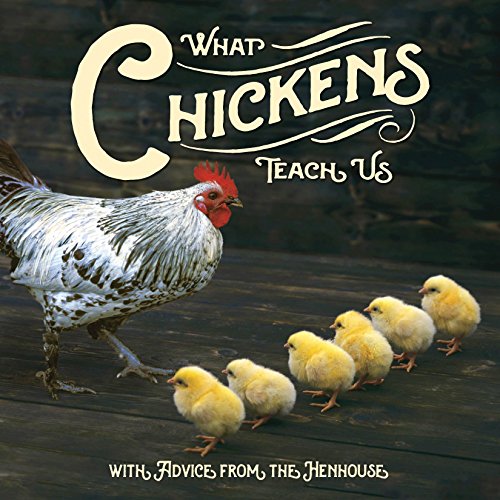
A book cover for What Chickens Teach Us; Willow Creek Press; Crafts, Hobbies & Home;